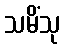
သမိံသု